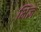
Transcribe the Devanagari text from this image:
भिज्ञ